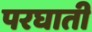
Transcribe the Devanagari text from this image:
परघाती